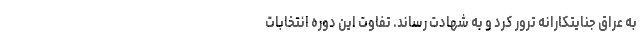
به عراق جنایتکارانه ترور کرد و به شهادت رساند. تفاوت این دوره انتخابات